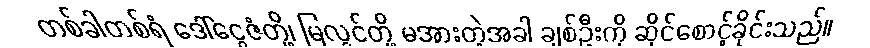
တစ်ခါတစ်ရံ ဒေါ်ငွေဇံတို့၊ မြလွင်တို့ မအားတဲ့အခါ ချစ်ဦးကို ဆိုင်စောင့်ခိုင်းသည်။